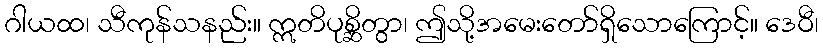
ဂါယထ၊ သီကုန်သနည်း။ ဣတိပုစ္ဆိတွာ၊ ဤသို့အမေးတော်ရှိသောကြောင့်။ ဒေဝီ၊